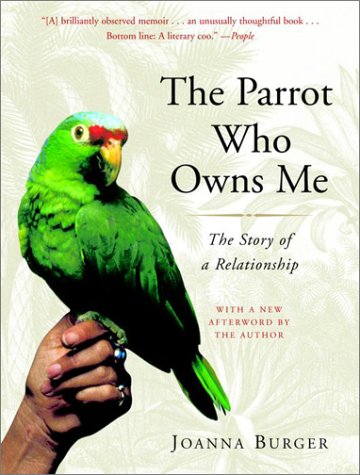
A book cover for The Parrot Who Owns Me: The Story of a Relationship; Joanna Burger; Crafts, Hobbies & Home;